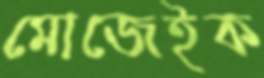
মোজেইক